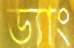
ড্যাং